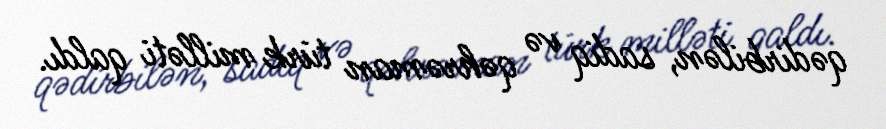
qədirbilən, sadiq və qəhrəman türk milləti qaldı.